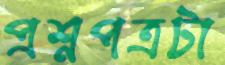
প্রশ্নপত্রটা